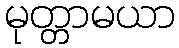
မုတ္တာမယာ